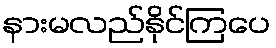
နားမလည်နိုင်ကြပေ